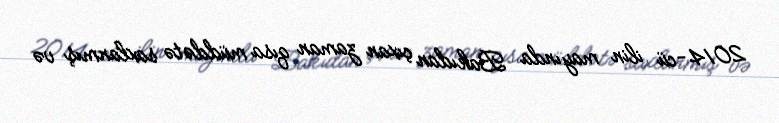
2014-cü ilin mayında Bakıdan çıxan zaman qısa müddətə saxlanmış və